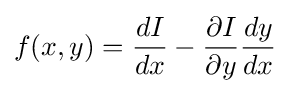
f(x,y)={dI \over dx}-{\partial I \over \partial y}{dy \over dx}